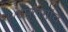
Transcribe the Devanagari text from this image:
थपलगांव